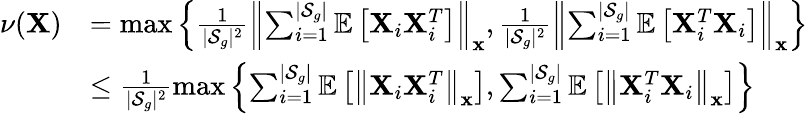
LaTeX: \begin{array}{rl}{\nu(\mathbf{X})}&{=\operatorname*{max}\left\{ \frac{1}{|\mathcal{S}_{g}|^{2}}\left\| \sum_{i=1}^{|\mathcal{S}_{g}|}\mathbb{E}\left[\mathbf{X}_{i}\mathbf{X}_{i}^{T}\right]\right\| _{\mathbf{x}},\frac{1}{|\mathcal{S}_{g}|^{2}}\left\| \sum_{i=1}^{|\mathcal{S}_{g}|}\mathbb{E}\left[\mathbf{X}_{i}^{T}\mathbf{X}_{i}\right]\right\| _{\mathbf{x}}\right\} }\\ &{\le\frac{1}{|\mathcal{S}_{g}|^{2}}\operatorname*{max}\left\{ \sum_{i=1}^{|\mathcal{S}_{g}|}\mathbb{E}\left[\left\| \mathbf{X}_{i}\mathbf{X}_{i}^{T}\right\| _{\mathbf{x}}\right],\sum_{i=1}^{|\mathcal{S}_{g}|}\mathbb{E}\left[\left\| \mathbf{X}_{i}^{T}\mathbf{X}_{i}\right\| _{\mathbf{x}}\right]\right\} }\end{array}